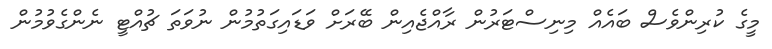
މީގެ ކުރިންވެސް ބައެއް މިނިސްޓަރުން ރާއްޖެއިން ބޭރަށް ވަޑައިގަތުމުން ނުވަތަ ޗުއްޓީ ނެންގެވުމުން